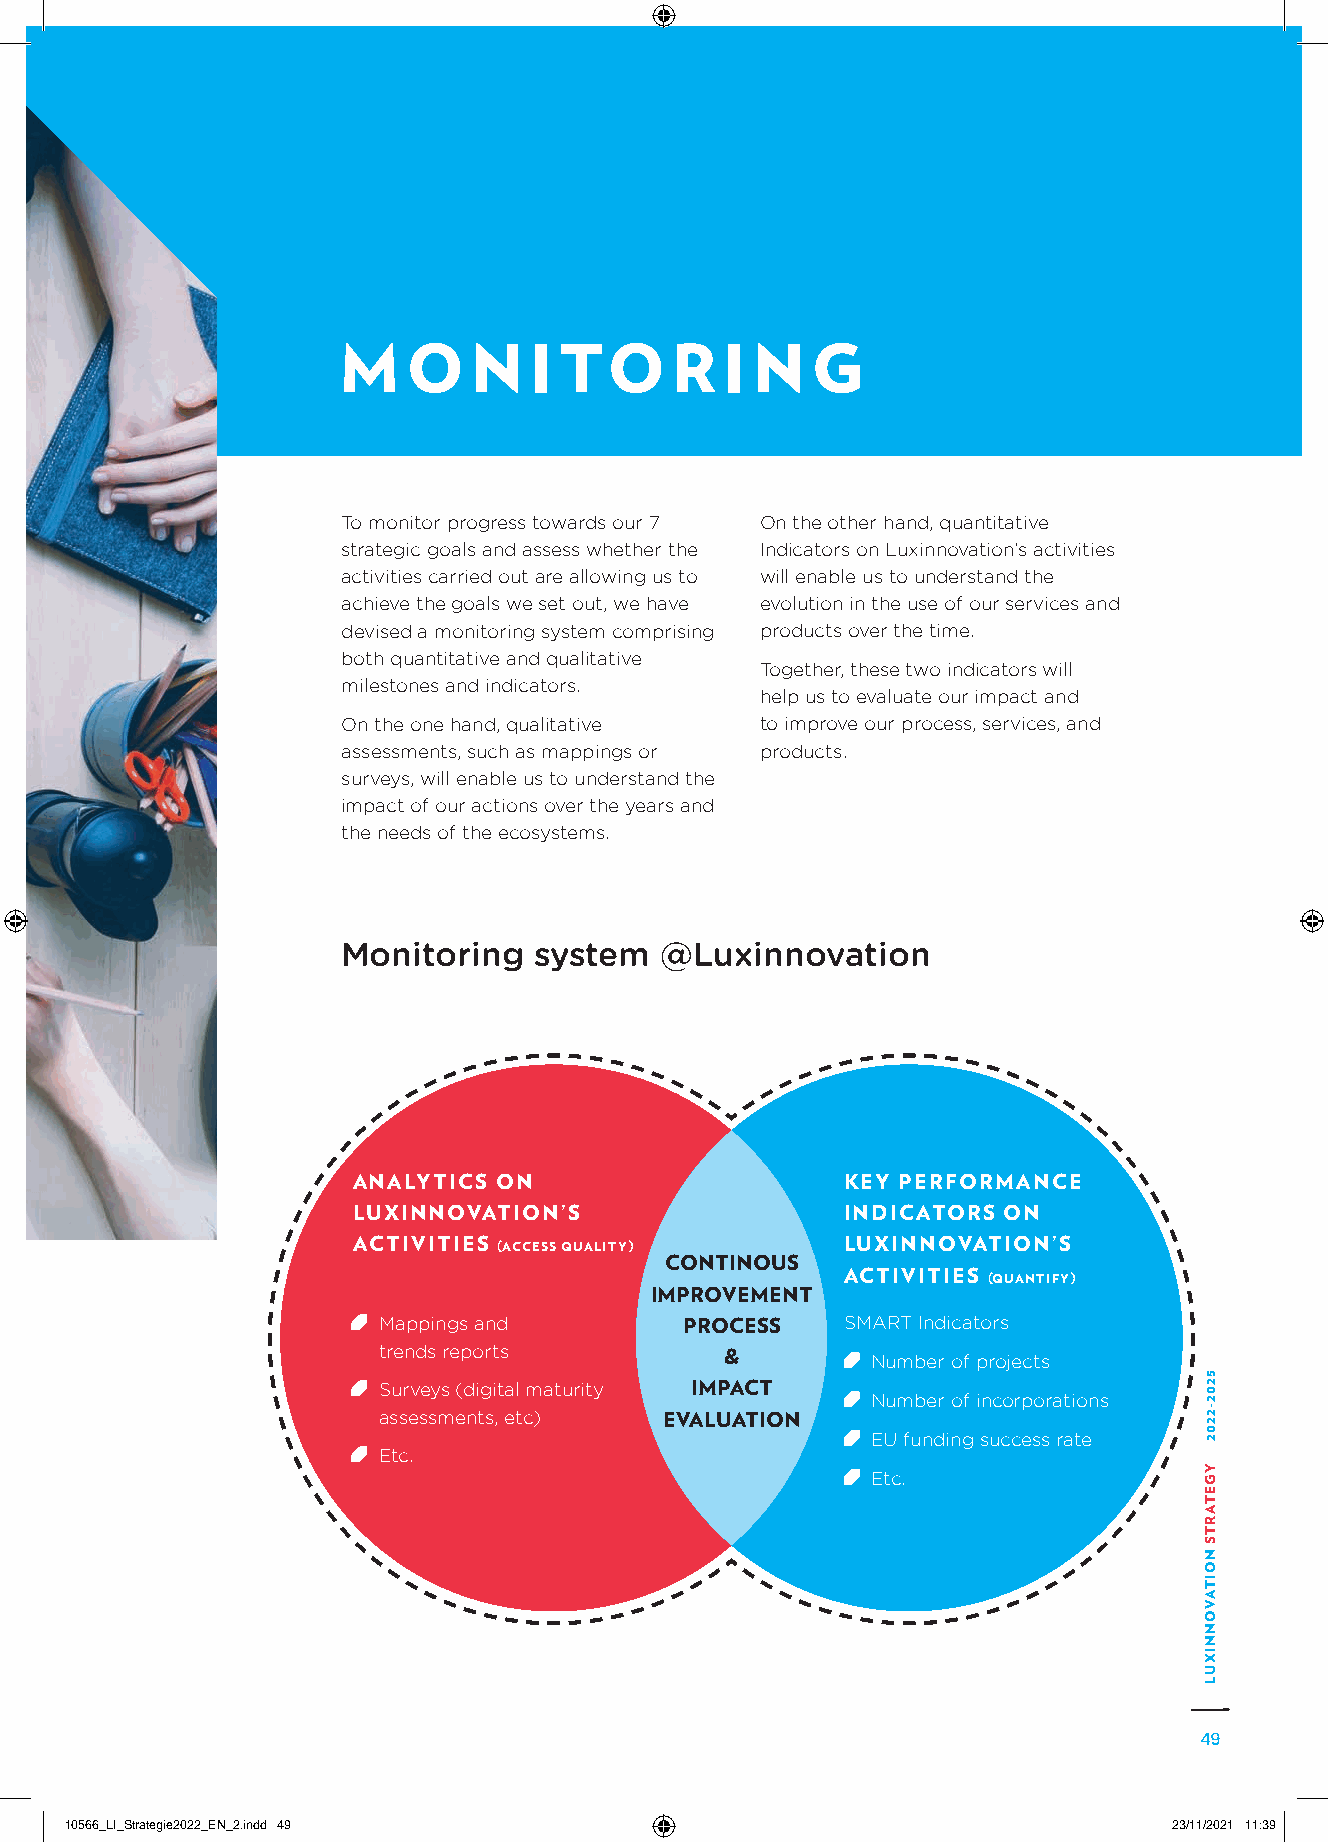
M    O   N   I TO     R   I N   G
 To monitor progress towards our 7 On the other hand, quantitative
 strategic goals and assess whether the Indicators on Luxinnovation’s activities
 activities carried out are allowing us to will enable us to understand the
 achieve the goals we set out, we have evolution in the use of our services and
 devised a monitoring system comprising products over the time.
 both quantitative and qualitative
 Together, these two indicators will
 milestones and indicators.
 help us to evaluate our impact and
 On the one hand, qualitative to improve our process, services, and
 assessments, such as mappings or products.
 surveys, will enable us to understand the
 impact of our actions over the years and
 the needs of the ecosystems.
 Monitoring  system   @Luxinnovation
 ANALYTICS ON                     KEY PERFORMANCE
 LUXINNOVATION’S                  INDICATORS ON
 ACTIVITIES (ACCESS QUALITY)      LUXINNOVATION’S
 CONTINOUS
 ACTIVITIES (QUANTIFY)
 IMPROVEMENT
 Mappings and        PROCESS    SMART Indicators
 trends reports
 &         Number of projects
 Surveys (digital maturity IMPACT
 Number of incorporations
 assessments, etc)  EVALUATION
 EU funding success rate
 Etc.
 Etc.
 49
 1100556666__LLII__SSttrraatteeggiiee22002222__EENN__22..iinndddd 4499     2233//1111//22002211 1111::3399
 5202-2202
 YGETARTS
 NOITAVONNIXUL